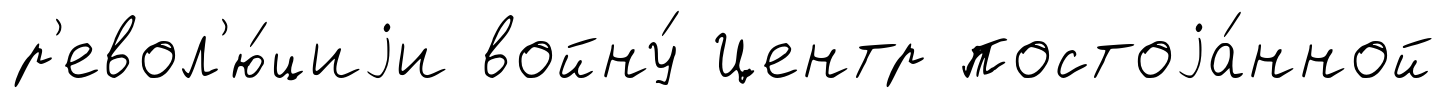
р'евол'ю́циjи войну́ Центр постоjа́нной